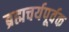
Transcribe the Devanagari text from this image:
ब्रह्मचर्यपूर्वक